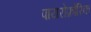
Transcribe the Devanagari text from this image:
पायरोफ़ोरिक